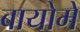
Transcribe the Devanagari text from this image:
बायोमे